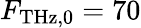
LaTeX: F_{\mathrm{THz,0}}=70